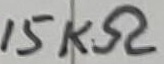
Text: 15KΩ